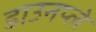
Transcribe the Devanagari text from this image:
डाउनप्ले